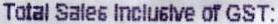
TOTAL SALES INCLUSLVE OF GST: